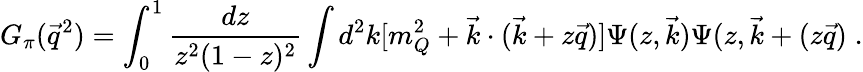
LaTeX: G_{\pi}(\vec{q}^{2})=\int_{0}^{1}\frac{dz}{z^{2}(1-z)^{2}}\int d^{2}k[m_{Q}^{2}+\vec{k}\cdot(\vec{k}+z\vec{q})]\Psi(z,\vec{k})\Psi(z,\vec{k}+(z\vec{q})\; .